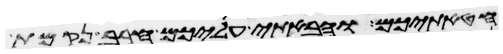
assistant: חטאתיכם והבאתי עליכם חרב נקמת